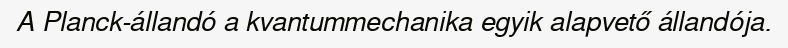
A Planck-állandó a kvantummechanika egyik alapvető állandója.